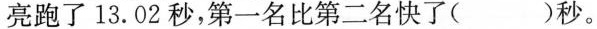
亮跑了13.02秒，第一名比第二名快了( )秒。